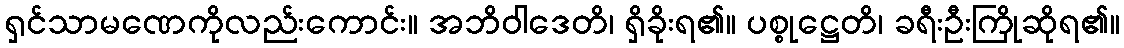
ရှင်သာမဏေကိုလည်းကောင်း။ အဘိဝါဒေတိ၊ ရှိခိုးရ၏။ ပစ္စုဋ္ဌေတိ၊ ခရီးဦးကြိုဆိုရ၏။